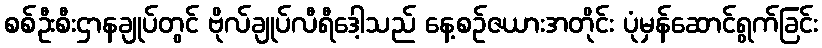
စစ်ဦးစီးဌာနချုပ်တွင် ဗိုလ်ချုပ်လီရီဒေါ့သည် နေ့စဉ်ဇယားအတိုင်း ပုံမှန်ဆောင်ရွက်ခြင်း